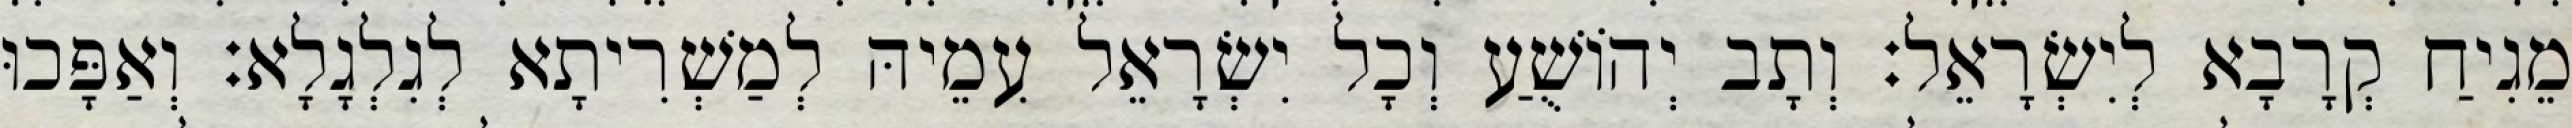
מֵגִיחַ קְרָבָא לְיִשְׂרָאֵל׃ וְתָב יְהוֹשֻׁעַ וְכָל יִשְׂרָאֵל עִמֵיהּ לְמַשְׁרִיתָא לְגִלְגָלָא׃ וְאַפָּכוּ